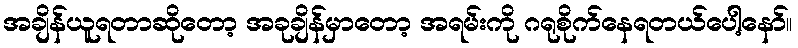
အချိန်ယူရတာဆိုတော့ အခုချိန်မှာတော့ အရမ်းကို ဂရုစိုက်နေရတယ်ပေါ့နော်။